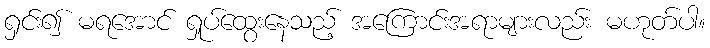
ရှင်း၍ မရအောင် ရှုပ်ထွေးနေသည့် အကြောင်းအရာများလည်း မဟုတ်ပါ။